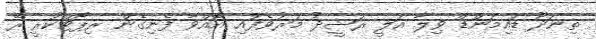
ތިނަދޫ ޑައިމަންޑް ވިލާ އަލީ ރަޝީދު މަރުވެފައި އޮއްވާ ފެނިގެން ރިޕޯޓްކުރީ ރޭ